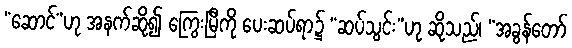
“ဆောင်”ဟု အနက်ဆို၍ ကြွေးမြီကို ပေးဆပ်ရာ၌ “ဆပ်သွင်း”ဟု ဆိုသည်၊ “အခွန်တော်